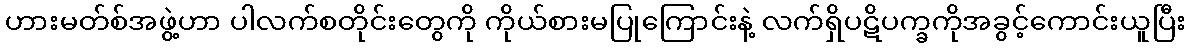
ဟားမတ်စ်အဖွဲ့ဟာ ပါလက်စတိုင်းတွေကို ကိုယ်စားမပြုကြောင်းနဲ့ လက်ရှိပဋိပက္ခကိုအခွင့်ကောင်းယူပြီး